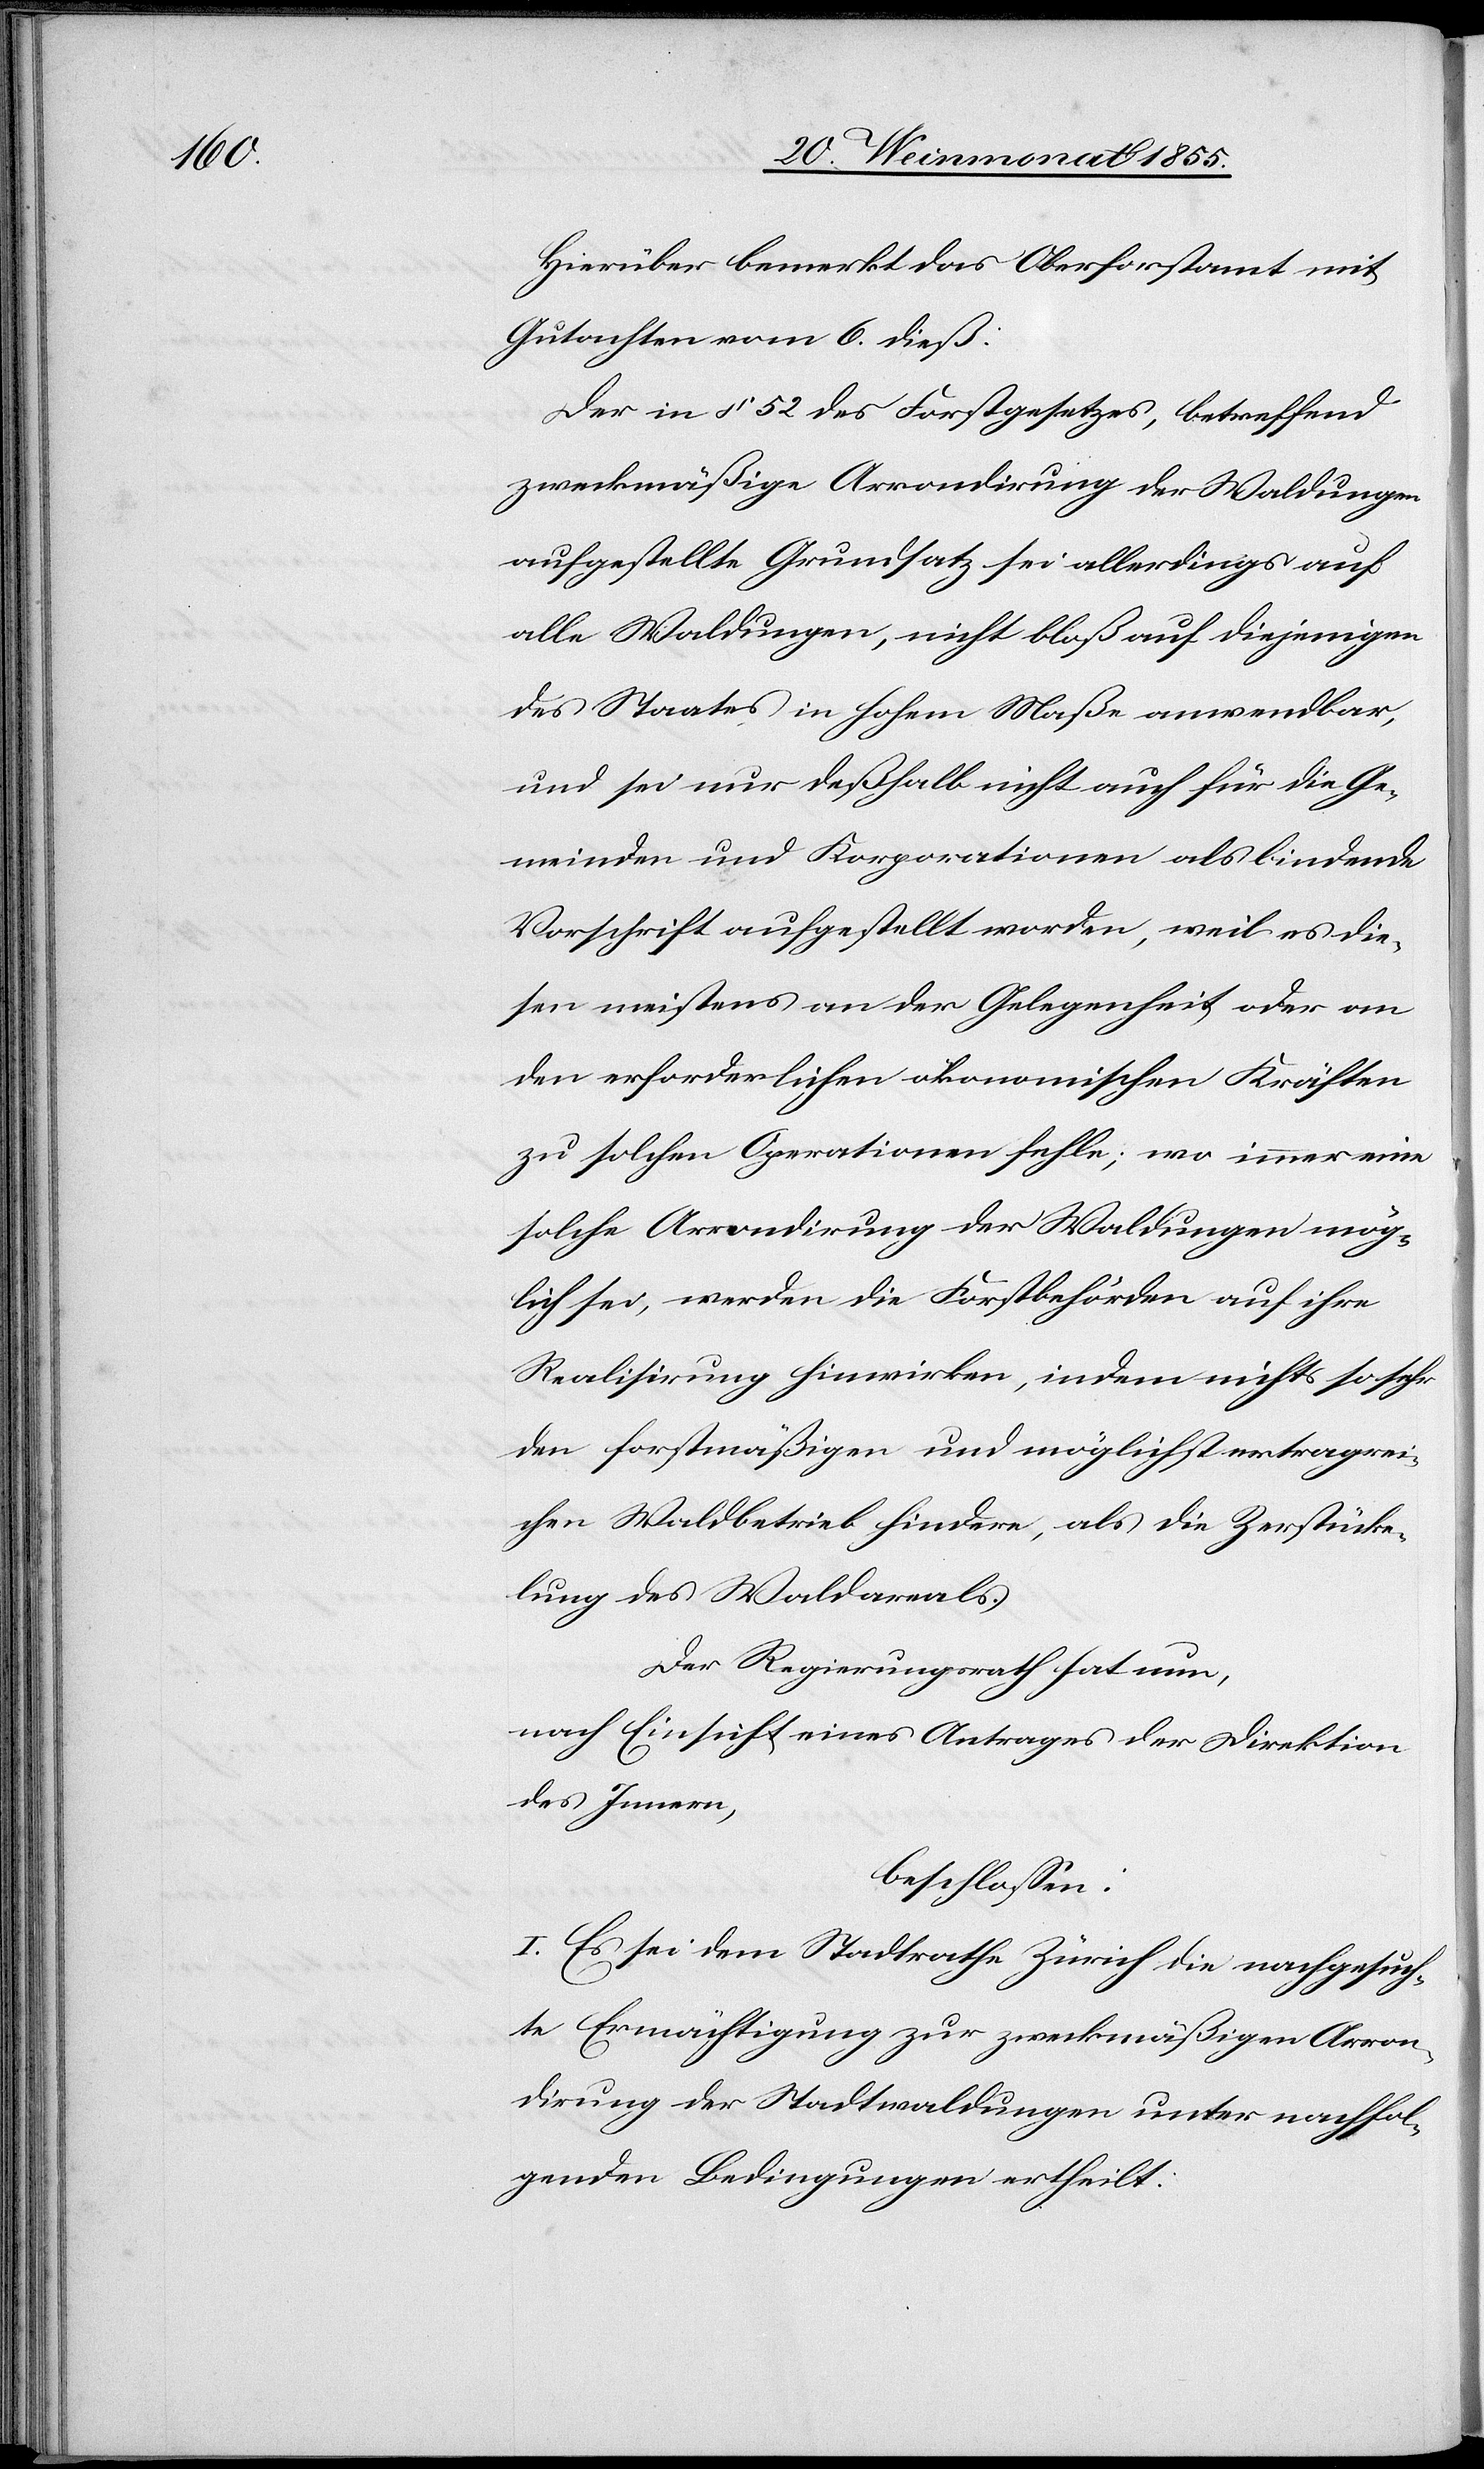
Hierüber bemerkt das Oberforstamt mit
Gutachten vom 6. dieß:
Der in § 52 des Forstgesetzes, betreffend
zweckmäßige Arrondirung der Waldungen
aufgestellte Grundsatz sei allerdings auf
alle Waldungen, nicht bloß auf diejenigen
des Staates in hohem Maße anwendbar,
und sei nur deßhalb nicht auch für die Ge¬
meinden und Korporationen als bindende
Vorschrift aufgestellt worden, weil es die¬
sen meistens an der Gelegenheit oder an
den erforderlichen ökonomischen Kräften
zu solchen Operationen fehle; wo immer eine
solche Arrondirung der Waldungen mög¬
lich sei, werden die Forstbehörden auf ihre
Realisirung hinwirken, indem nichts so sehr
den forstmäßigen und möglichst ertragrei¬
chen Waldbetrieb hindere, als die Zerstücke¬
lung des Waldareals.
Der Regierungsrath hat nun,
nach Einsicht eines Antrages der Direktion
des Innern,
beschlossen:
I. Es sei dem Stadtrathe Zürich die nachgesuch¬
te Ermächtigung zur zweckmäßigen Arron¬
dirung der Stadtwaldungen unter nachfol¬
genden Bedingungen ertheilt: